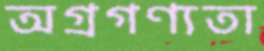
অগ্রগণ্যতা